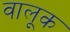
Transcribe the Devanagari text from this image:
वालूक